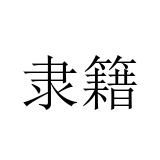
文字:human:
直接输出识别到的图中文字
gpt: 隶籍